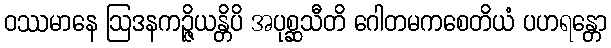
ဝဿမာနေ ဩဒနကဉ္ဇိယန္တိပိ အပုစ္ဆသီတိ ဂေါတမကစေတိယံ ပဟရန္တော